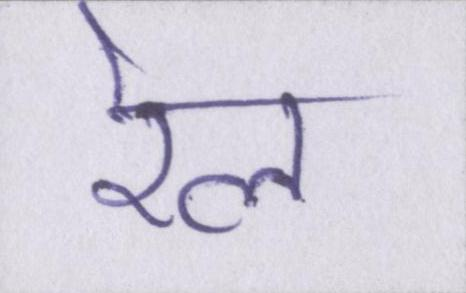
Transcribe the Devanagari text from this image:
रेल